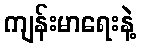
ကျန်းမာရေးနဲ့